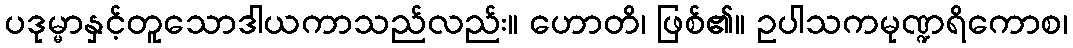
ပဒုမ္မာနှင့်တူသောဒါယကာသည်လည်း။ ဟောတိ၊ ဖြစ်၏။ ဥပါသကမုဏ္ဍရိကောစ၊